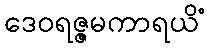
ဒေဝရဇ္ဇမကာရယိံ